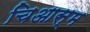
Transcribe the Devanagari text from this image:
चिआस्म